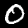
Digit: 0